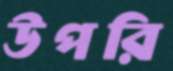
উপরি